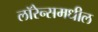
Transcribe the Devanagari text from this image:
लॉरेन्समधील